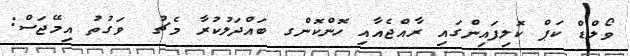
ވޯލްޑް ކަޕް ކޮލިފައިންގައި ރާއްޖެއާއި ހޮންކޮންގ ބައްދަލުކުރާ މެޗު  ވަގުތު އިމޭޖަސް: